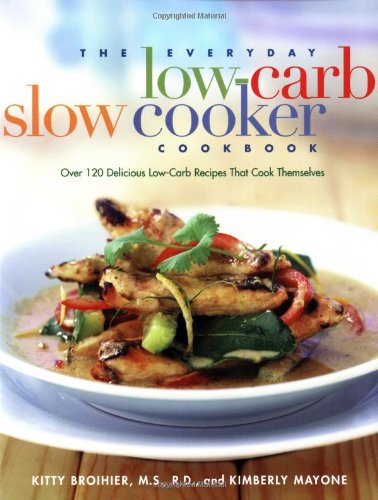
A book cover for The Everyday Low-Carb Slow Cooker Cookbook: Over 120 Delicious Low-Carb Recipes That Cook Themselves; Kitty Broihier; Cookbooks, Food & Wine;